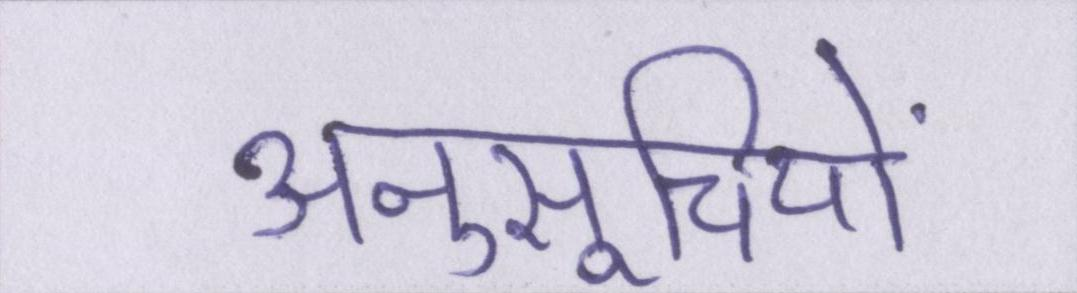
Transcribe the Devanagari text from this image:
अनुसूचियों